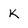
Character: K